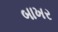
બાખર